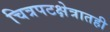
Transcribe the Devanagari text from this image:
चित्रपटक्षेत्रातही